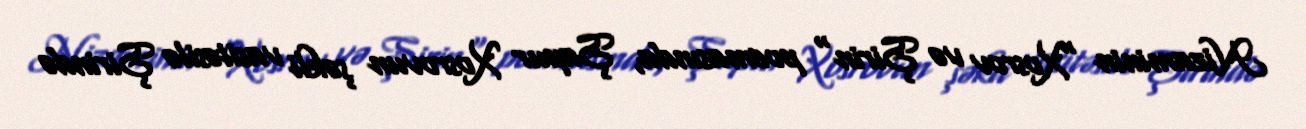
Nizaminin "Xosrov və Şirin" poemasında, Şapur Xosrovun şəkli vasitəsilə Şirində